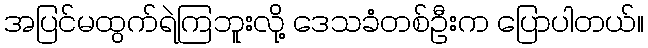
အပြင်မထွက်ရဲကြဘူးလို့ ဒေသခံတစ်ဦးက ပြောပါတယ်။